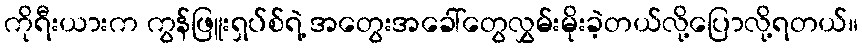
ကိုရီးယားက ကွန်ဖြူးရှပ်စ်ရဲ့ အတွေးအခေါ်တွေလွှမ်းမိုးခဲ့တယ်လို့ပြောလို့ရတယ်။